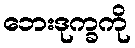
ဘေးဒုက္ခကို